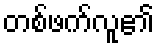
တစ်ဖက်လူ၏